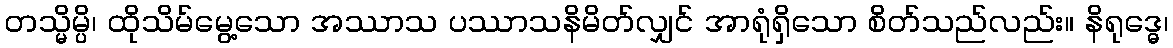
တသ္မိမ္ပိ၊ ထိုသိမ်မွေ့သော အဿာသ ပဿာသနိမိတ်လျှင် အာရုံရှိသော စိတ်သည်လည်း။ နိရုဒ္ဓေ၊